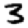
Digit: 3